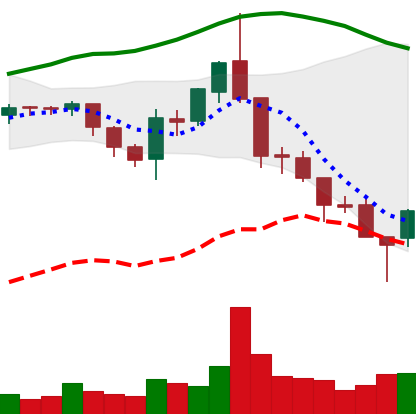
Ticker: ETC-USD
Chart end date: 2018-08-15
Forward return: -4.534%
Label: down_3_5